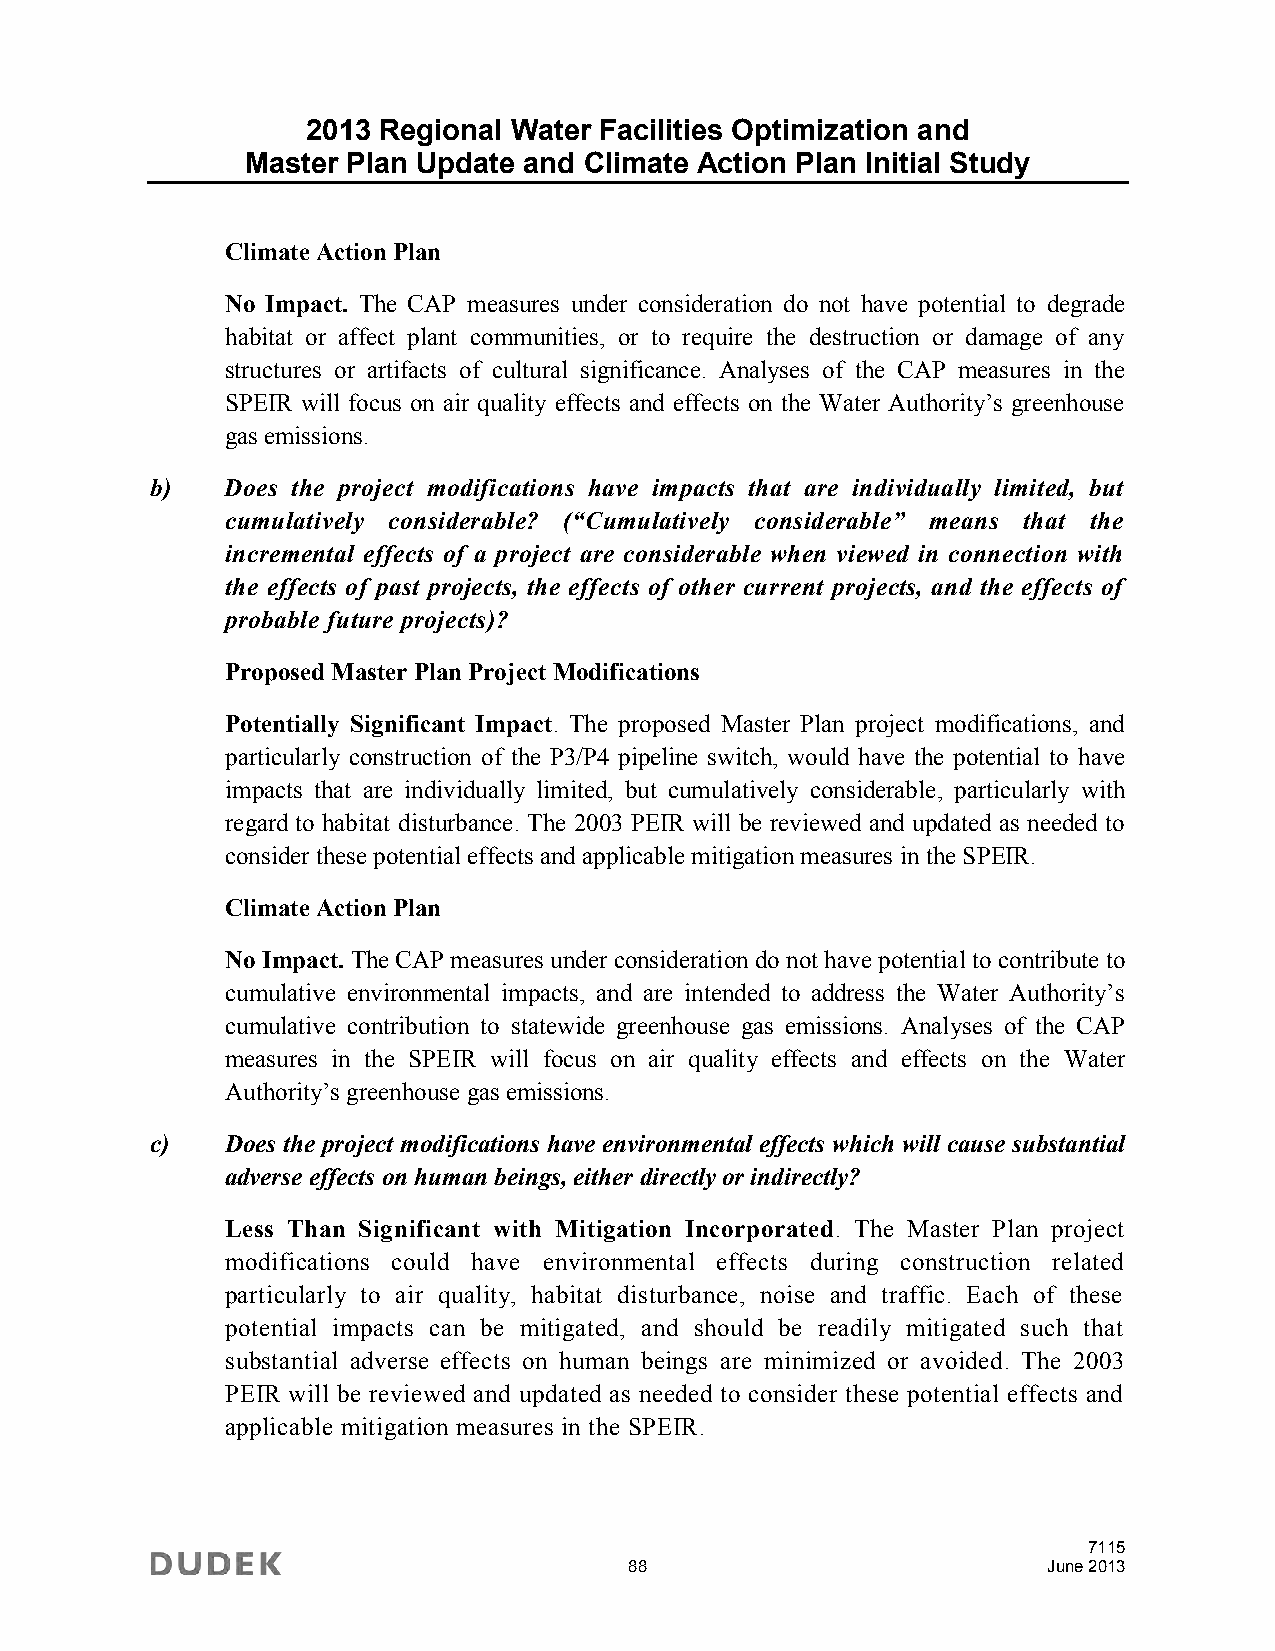
2013 Regional Water Facilities Optimization and
 Master Plan Update and Climate Action Plan Initial Study
 Climate Action Plan
 No Impact. The CAP measures under consideration do not have potential to degrade
 habitat or affect plant communities, or to require the destruction or damage of any
 structures or artifacts of cultural significance. Analyses of the CAP measures in the
 SPEIR will focus on air quality effects and effects on the Water Authority’s greenhouse
 gas emissions.
 b)   Does the project modifications have impacts that are individually limited, but
 cumulatively considerable? (“Cumulatively considerable” means that the
 incremental effects of a project are considerable when viewed in connection with
 the effects of past projects, the effects of other current projects, and the effects of
 probable future projects)?
 Proposed Master Plan Project Modifications
 Potentially Significant Impact. The proposed Master Plan project modifications, and
 particularly construction of the P3/P4 pipeline switch, would have the potential to have
 impacts that are individually limited, but cumulatively considerable, particularly with
 regard to habitat disturbance. The 2003 PEIR will be reviewed and updated as needed to
 consider these potential effects and applicable mitigation measures in the SPEIR.
 Climate Action Plan
 No Impact. The CAP measures under consideration do not have potential to contribute to
 cumulative environmental impacts, and are intended to address the Water Authority’s
 cumulative contribution to statewide greenhouse gas emissions. Analyses of the CAP
 measures in the SPEIR will focus on air quality effects and effects on the Water
 Authority’s greenhouse gas emissions.
 c)   Does the project modifications have environmental effects which will cause substantial
 adverse effects on human beings, either directly or indirectly?
 Less Than Significant with Mitigation Incorporated. The Master Plan project
 modifications could have environmental effects during construction related
 particularly to air quality, habitat disturbance, noise and traffic. Each of these
 potential impacts can be mitigated, and should be readily mitigated such that
 substantial adverse effects on human beings are minimized or avoided. The 2003
 PEIR will be reviewed and updated as needed to consider these potential effects and
 applicable mitigation measures in the SPEIR.
 7115
 88                         June 2013